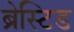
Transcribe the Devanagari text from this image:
ब्रेस्टिड